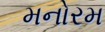
મનોરમ